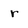
Character: r